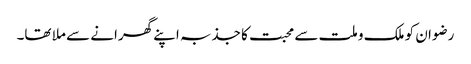
رضوان کو ملک و ملت سے محبت کا جذبہ اپنے گھرانے سے ملا تھا۔